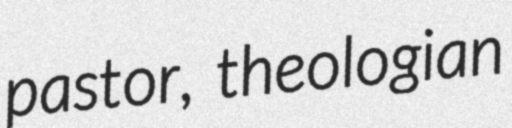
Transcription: pastor, theologian